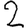
Digit: 2